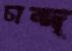
চান্দ